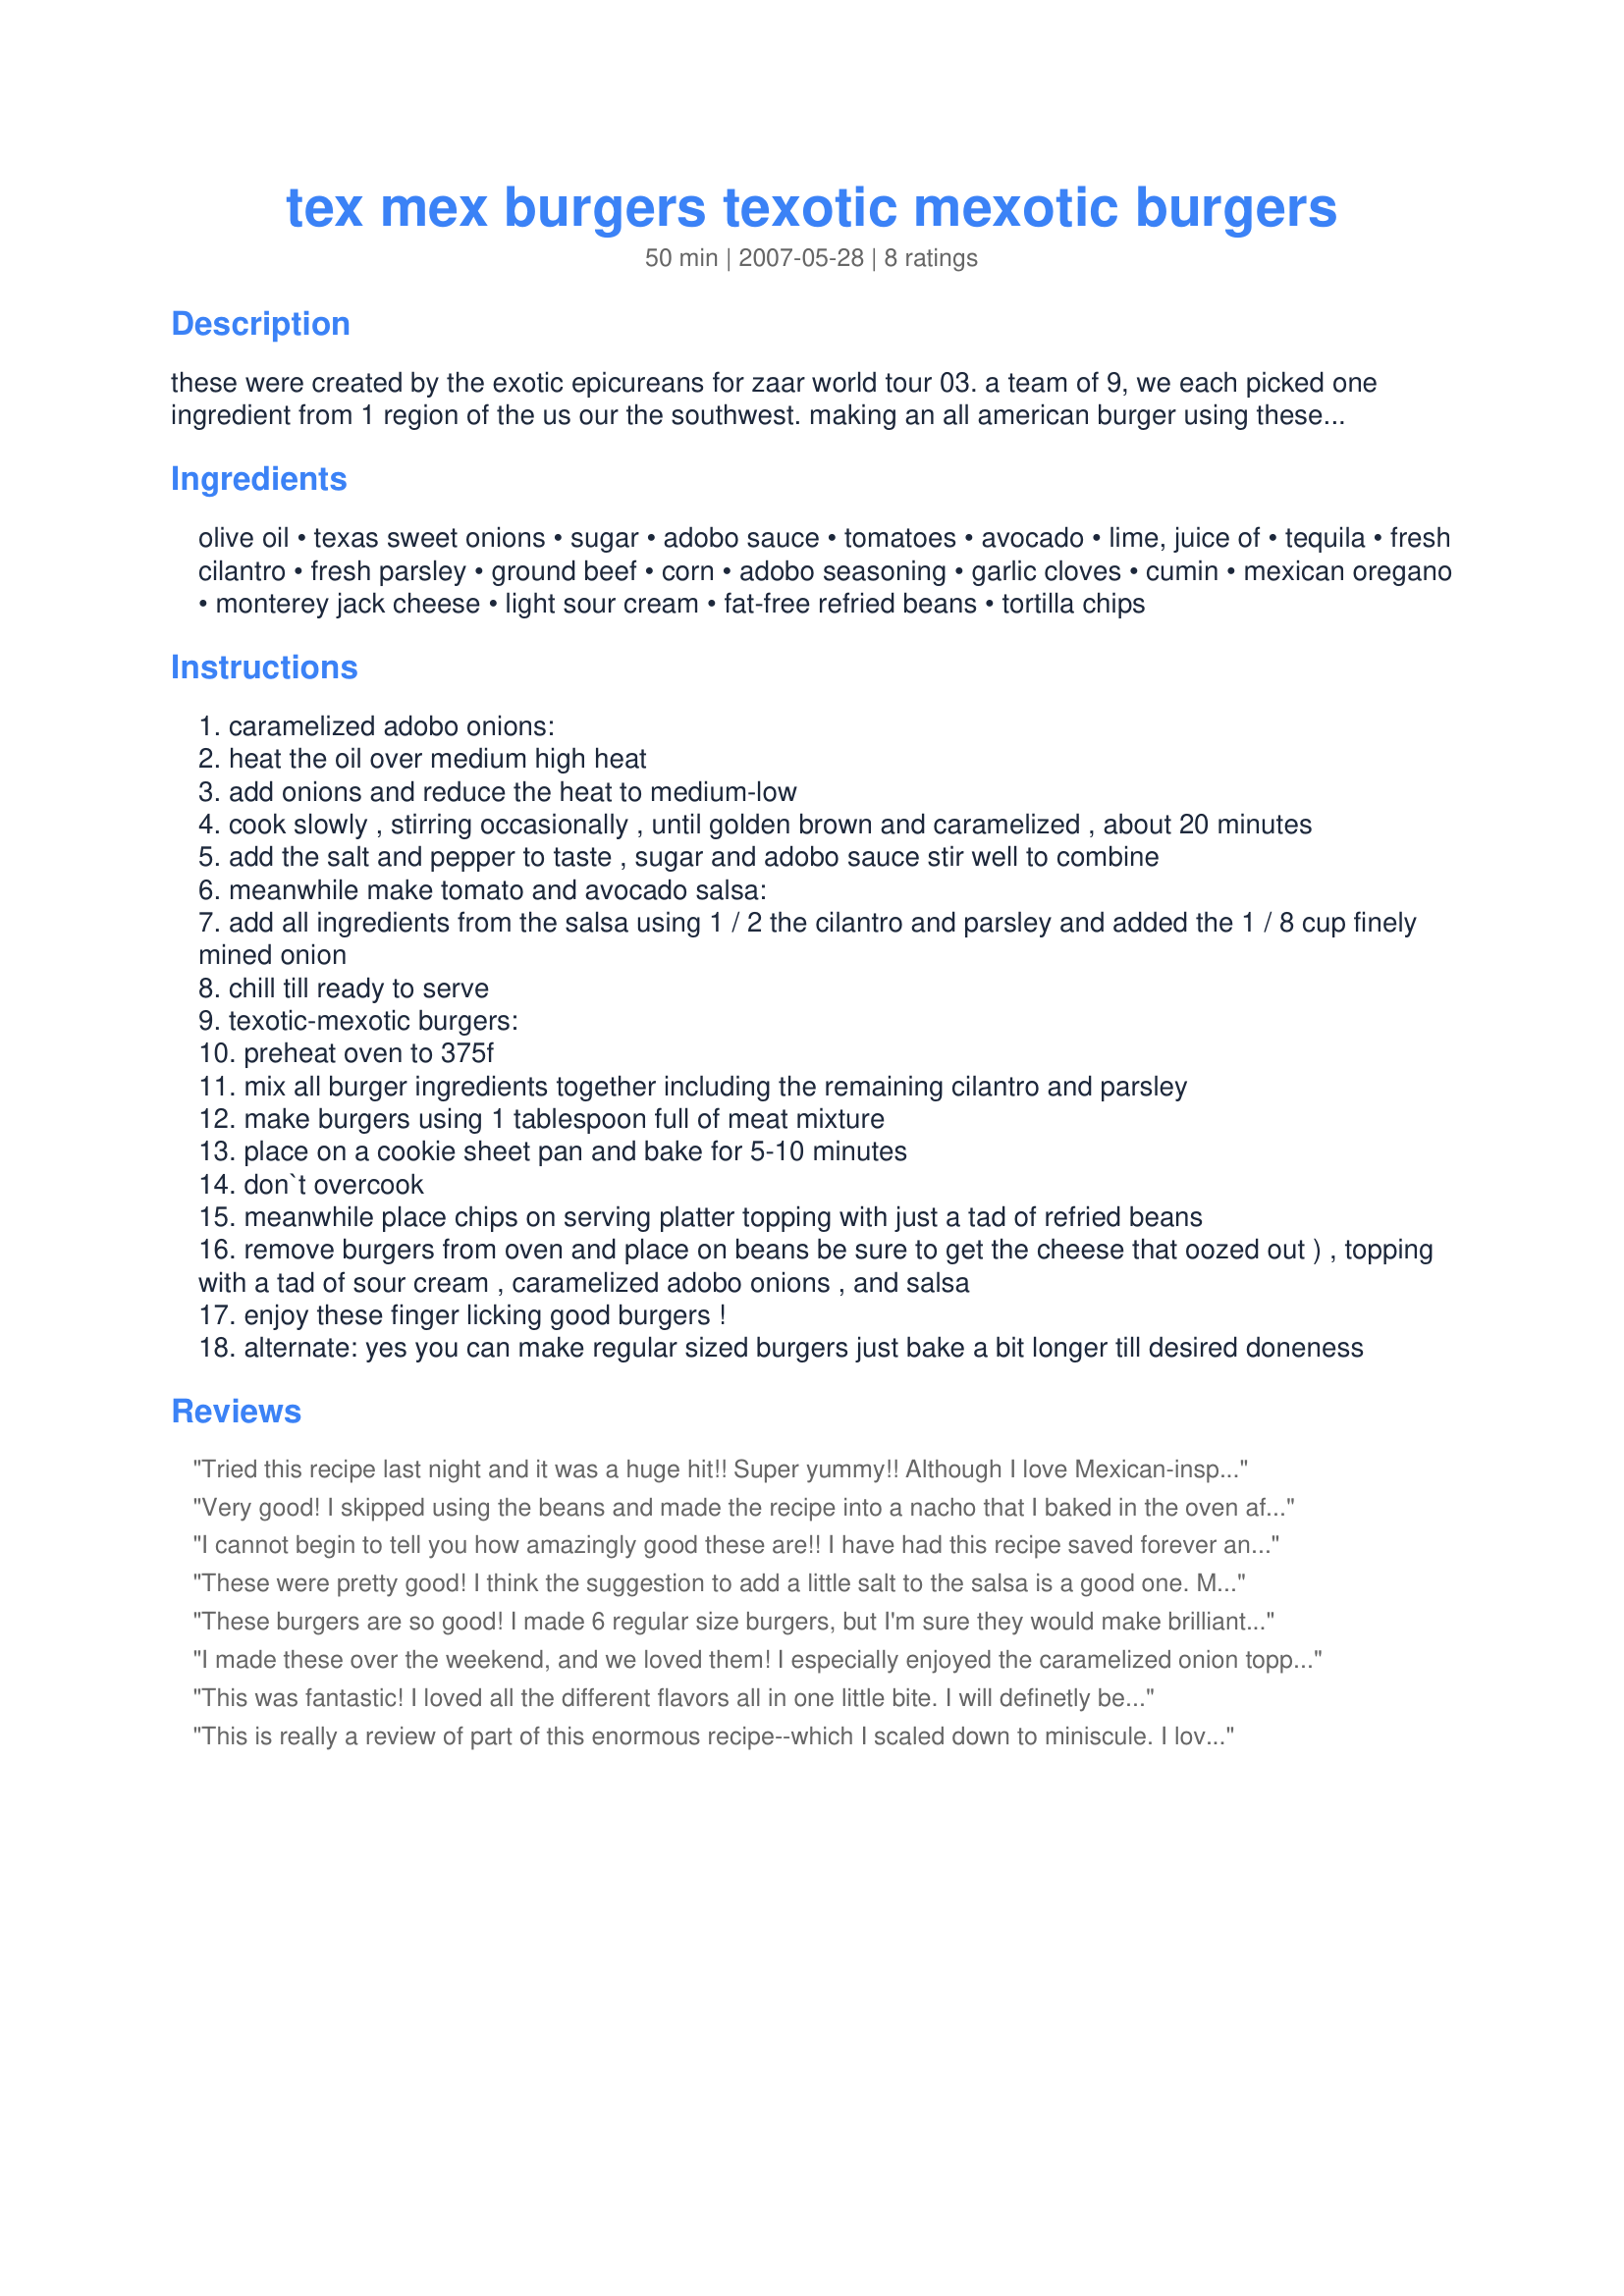
tex mex burgers texotic mexotic burgers
Preparation time: 50 minutes

these were created by the exotic epicureans for zaar world tour 03.
a team of 9, we each picked one ingredient from 1 region of the us our the southwest. making an all american burger using these ingredients.
kumquat the cat's friend-lime that brings freshness,
janetc-ky-pepper jack cheese or queso blanco a creaminess and richness,
alskann-texas sweet onion made smoky, lucid501-beef just ask any texan,
anme-corn for sweetness and lightens the burgers,
free-free-avocado a rich creaminess,
acerast-refried beans for health and to help hold the burger to the chips,
midwest maven-tortilla chips
and myself-chipotle peppers in adobo sauce for heat and smokiness.
we stepped out of the box and went for these cute, spicy, smoky, sweet, mini-mini burgers that we placed on tortilla chips adhered with just a tad of refried beans topped with a tad of sour cream, tomato and avocado salsa and chipotle caramelized onions. oh as for the burgers they are filled with cheese, corn, chipolte peppers and cumin both give a great smokiness creating this finger licking treats.
you can use tvp (texturized vegetable protein (tvp), also known as textured soy protein (tsp) is a meat substitute made from defatted soy flour, a by-product of making soybean oil. it is quick to cook, high in protein, and low in fat.)in place of the beef!
to rehydrate, 1 2/3 tvp add 1 1/3 cup boiling water. for the cooking equivalent of 1 pound of hamburger meat, but equals 89 grams of protein or 12.7 protein blocks.
by comparrison: 1 pound of hamburger has:
10.7 blocks in regular ground beef
11.2 block in lean ground beef
12 blocks of protein in extra lean ground beef

Ingredients:
olive oil, texas sweet onions, sugar, adobo sauce, tomatoes, avocado, lime, juice of, tequila, fresh cilantro, fresh parsley, ground beef, corn, adobo seasoning, garlic cloves, cumin, mexican oregano, monterey jack cheese, light sour cream, fat-free refried beans, tortilla chips

Steps:
caramelized adobo onions:
heat the oil over medium high heat
add onions and reduce the heat to medium-low
cook slowly , stirring occasionally , until golden brown and caramelized , about 20 minutes
add the salt and pepper to taste , sugar and adobo sauce stir well to combine
meanwhile make tomato and avocado salsa:
add all ingredients from the salsa using 1 / 2 the cilantro and parsley and added the 1 / 8 cup finely mined onion
chill till ready to serve
texotic-mexotic burgers:
preheat oven to 375f
mix all burger ingredients together including the remaining cilantro and parsley
make burgers using 1 tablespoon full of meat mixture
place on a cookie sheet pan and bake for 5-10 minutes
don`t overcook
meanwhile place chips on serving platter topping with just a tad of refried beans
remove burgers from oven and place on beans be sure to get the cheese that oozed out ) , topping with a tad of sour cream , caramelized adobo onions , and salsa
enjoy these finger licking good burgers !
alternate: yes you can make regular sized burgers just bake a bit longer till desired doneness

Reviews:
Tried this recipe last night and it was a huge hit!! Super yummy!! Although I love Mexican-inspired flavors, this was my first time using adobo sauce....and I have to say, I didn't know what I was missing. Those onions were pretty much the best part and I can't wait to incorporate them in other dishes. Instead of chips, I sliced some hard rolls into about 1/2 think slices then used a circular cookie cutter close to the size of the hamburgers and did a nice little stack. Definitely try this recipe, you don't be disappointed.
Very good! I skipped using the beans and made the recipe into a nacho that I baked in the oven after the onions and burgers were cooked. It turned out really well. Yum!
I cannot begin to tell you how amazingly good these are!! I have had this recipe saved forever and I have always eyed it to make. I finally got all the ingredients to make it and OMG it is just amazing in flavor and such a yummy finger food. It is rather time consuming, but oh so worth it! I used the scoop style tortilla chips and went exactly by the recipe except for the salsa, I didn't use the tequila and I adding chopped onion and 2-3 cloves of minced garlic, salt and pepper, the way I like it. I did cook the mini burgers for 10 min. then set the oven on broil for 5 more minutes to get the tops toasty and drained off the fat. I do recommend to let the burgers cool a little first before assembling because when you place them on the tortillas while they are hot and juicy, the tortilla chips get soggy fast. I had leftovers the next day, and wanted to assemble them fast and left off the refried beans, and they were still delicious this way and you didn't miss them. So next time I may skip the step of the beans since it added so much extra time during assembling. I think this recipe would be an amazing recipe for regular burgers as well! Thank you so much for the recipe! It is an absolute favorite that I will make again and again!
These were pretty good! I think the suggestion to add a little salt to the salsa is a good one. Maybe my lime was too big, but the salsa was very tart and limey, and could probably have used a little salt to counteract the acid. I used the Tostito Scoops for these, which made a perfect little bite-sized appetizer. My favorite part? The adobo onions. Yum!
These burgers are so good! I made 6 regular size burgers, but I'm sure they would make brilliant appetizers. The flavors work well together, and there is just the right amount of the "exotic" ingredients to keep a good hamburger texture. These would taste great on tortilla chips, but since I made them big, I made Sharon123's Recipe #101266, which worked quite nicely with these burgers. Thanks for a great burger experience!
I made these over the weekend, and we loved them! I especially enjoyed the caramelized onion topping. Since I was also making grilled chicken for dinner, I made the appetizer version of these. I pretty much followed the recipe as written, with these exceptions: I used salt with the meat and the Tomato and Avocado Salsa (we're pretty attached to our salt around here), I used queso Oaxaca for the cheese (I had a surplus), and I made my own refried beans (I rarely buy canned refrieds anymore). This was a great appetizer to hold the guys over while they waited for the chicken to be ready. So cute, too!Thanks for posting!
This was fantastic! I loved all the different flavors all in one little bite. I will definetly be making these alot more. Would be great with some sliced jalepenos or some crispy onion strings sprinkled on top too!
This is really a review of part of this enormous recipe--which I scaled down to miniscule. I loved the carmelized adobo onions--I did make a full batch of those and they are great! Rather than make the salsa (as I making a burger for one) I had a slice of avocado over which I squeezed some lime juice and a slice of tomato with my burger. For the burger itself, I skipped the corn and used just a touch of chipotle, along with the seasonings and some queso blanco. Finally, I skipped the garnishes altogether--made myself a quarter-pounder of a Texotic-Mexotic which I confess to eating with a knife and fork. I am somehat of a burgr purist--don't really like burgers with tons of stuff--but this combo of the burger with avocado, tomato, carmelized adobo onions and some queso blanco is delicious! And even though I didn't do the 20 servings of mini burgers with chips, etc., I think it's a brilliant concept and that you bunch of Exotics more than deserve five stars.
